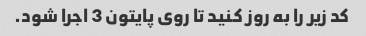
کد زیر را به روز کنید تا روی پایتون 3 اجرا شود.